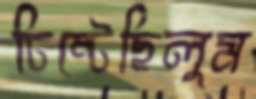
চিম্‌টেছিলুম